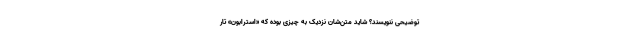
توضیحی ننویسند؟ شاید متن‌شان نزدیک به چیزی بوده که «استرابون» تار